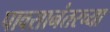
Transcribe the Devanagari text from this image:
पावसानंतरच्या